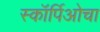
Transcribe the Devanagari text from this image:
स्कॉर्पिओचा